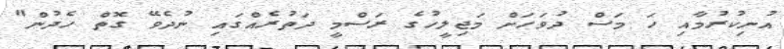
އުނިކުރުމާއި ހަ މަސް ދުވަހަށް މަޖިލީހުގެ ރަސްމީ ދަތުރެއްގައި ނުދެވޭ ގޮތް ހެދުން"